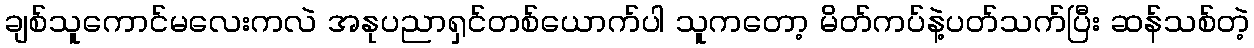
ချစ်သူကောင်မလေးကလဲ အနုပညာရှင်တစ်ယောက်ပါ သူကတော့ မိတ်ကပ်နဲ့ပတ်သက်ပြီး ဆန်သစ်တဲ့